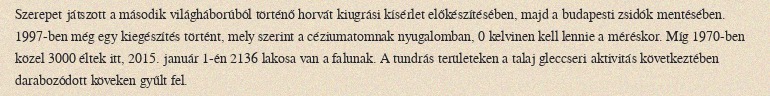
Szerepet játszott a második világháborúból történő horvát kiugrási kísérlet előkészítésében, majd a budapesti zsidók mentésében. 1997-ben még egy kiegészítés történt, mely szerint a céziumatomnak nyugalomban, 0 kelvinen kell lennie a méréskor. Míg 1970-ben közel 3000 éltek itt, 2015. január 1-én 2136 lakosa van a falunak. A tundrás területeken a talaj gleccseri aktivitás következtében darabozódott köveken gyűlt fel.